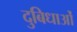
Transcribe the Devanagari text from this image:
दुबिधाओं